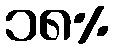
၁၈%